Report of an investigation into the causes of malaria in Bombay and the measures necessary for its control
Disease focus: Malaria
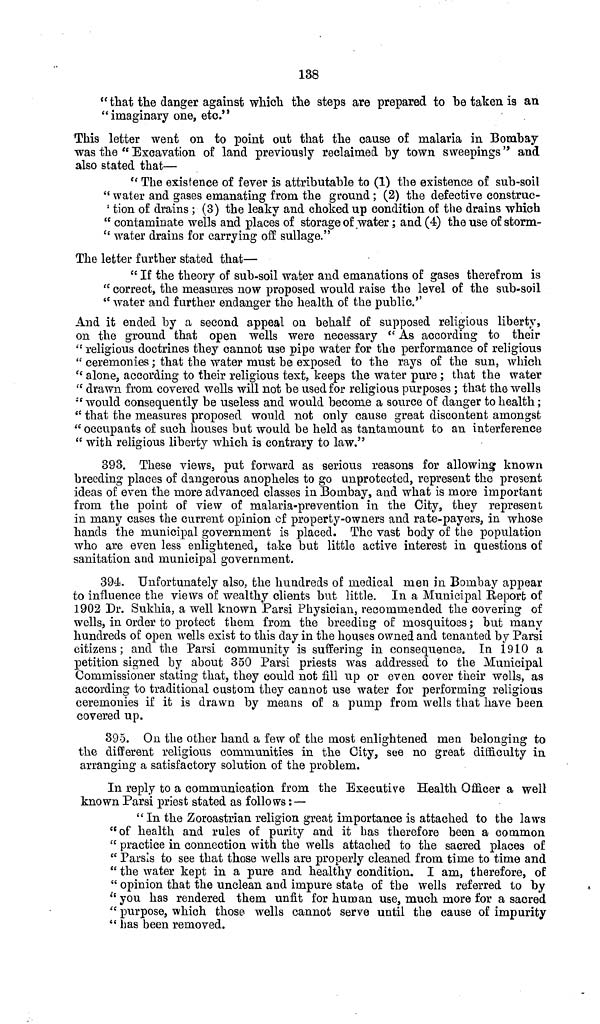
138
" that the clanger against which the steps are prepared to he taken is an
"imaginary one, etc."
This letter went on to point out that the cause of malaria in Bombay
was the " Excavation of land previously reclaimed by town sweepings" and
also stated that—
" The existence of fever is attributable to (1) the existence of sub-soil
" water and gases emanating from the ground ; (2) the defective construc-
" tion of drains ; (3) the leaky and choked up condition of the drains which
" contaminate wells and places of storage of water; and (4) the use of storm-
" water drains for carrying off sullage."
The letter further stated that—
" If the theory of sub-soil water and emanations of gases therefrom is
" correct, the measures now proposed would raise the level of the sub-soil
" water and further endanger the health of the public."
And it ended by a second appeal on behalf of supposed religious liberty,
on the ground that open wells were necessary " As according to their
" religious doctrines they cannot use pipe water for the performance of religious
" ceremonies; that the water must be exposed to the rays of the sun, which
" alone, according to their religious text, keeps the water pure ; that the water
" drawn from covered wells will not be used for religious purposes ; that the wells
" would consequently be useless and would become a source of danger to health;
" that the measures proposed would not only cause great discontent amongst
" occupants of such houses but would be held as tantamount to an interference
" with religious liberty which is contrary to law."
393. These views, put forward as serious reasons for allowing known
breeding places of dangerous anopheles to go unprotected, represent the present
ideas of even the more advanced classes in Bombay, and what is more important
from the point of view of malaria-prevention in the City, they represent
in many cases the current opinion of property-owners and rate-payers, in whose
hands the municipal government is placed. The vast body of the population
who are even less enlightened, take but little active interest in questions of
sanitation and municipal government.
394, Unfortunately also, the hundreds of medical men in Bombay appear
to influence the views of wealthy clients but little. In a Municipal Report of
1902 Dr. Sukhia, a well known Parsi Physician, recommended the covering of
wells, in order to protect them from the breeding of mosquitoes; but many
hundreds of open wells exist to this day in the houses owned and tenanted by Parsi
citizens; and the Parsi community is suffering in consequence. In 1910 a
petition signed by about 350 Parsi priests was addressed to the Municipal
Commissioner stating that, they could not fill up or even cover their wells, as
according to traditional custom they cannot use water for performing religious
ceremonies if it is drawn by means of a pump from wells that have been
covered up.
395. On the other hand a few of the most enlightened men belonging to
the different religious communities in the City, see no great difficulty in
arranging a satisfactory solution of the problem.
In reply to a communication from the Executive Health Officer a well
known Parsi priest stated as follows: —
" In the Zoroastrian religion great importance is attached to the laws
"of health and rules of purity and it has therefore been a common
" practice in connection with the wells attached to the sacred places of
" Parsis to see that those wells are properly cleaned from time to time and
" the water kept in a pure and healthy condition. I am, therefore, of
" opinion that the unclean and impure state of the wells referred to by
" you has rendered them unfit for human use, much more for a sacred
" purpose, which those wells cannot serve until the cause of impurity
" has been removed.